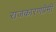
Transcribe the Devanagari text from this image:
राजकारणप्रेमी